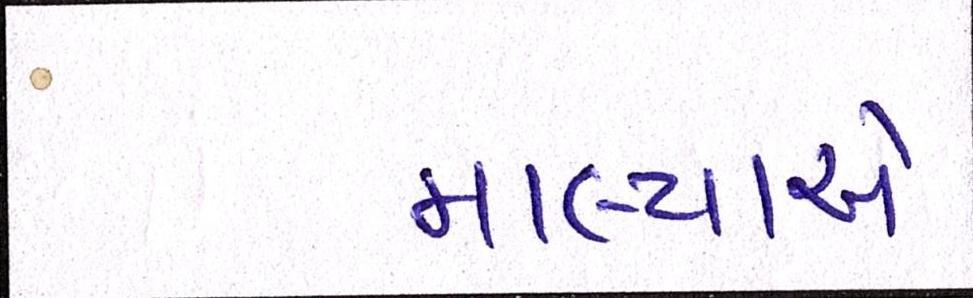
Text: માલ્યાએ